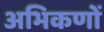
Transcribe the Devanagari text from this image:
अभिकणों